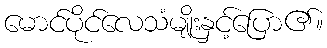
မောင်ပိုင်လေသံမျိုးနှင့်ပြော၏။